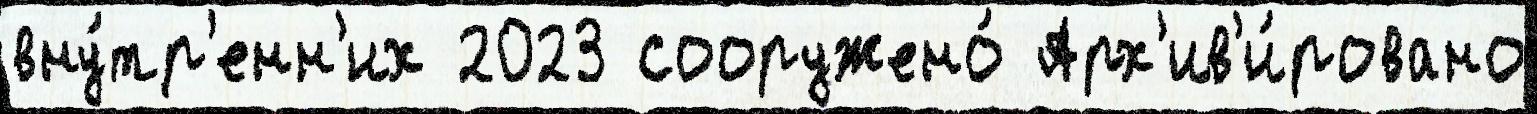
вну́тр'енн'их 2023 сооружено́ Арх'ив'и́ровано